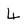
Character: 4